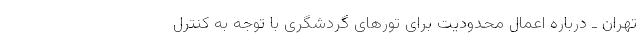
تهران ـ درباره اعمال محدودیت برای تورهای گردشگری با توجه به کنترل